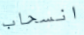
انسحاب